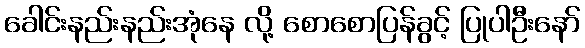
ခေါင်းနည်းနည်းအုံနေ လို့ စောစောပြန်ခွင့် ပြုပါဦးနော်